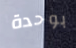
بوحدة